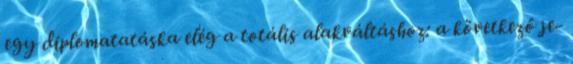
egy diplomatatáska elég a totális alakváltáshoz: a következő je-